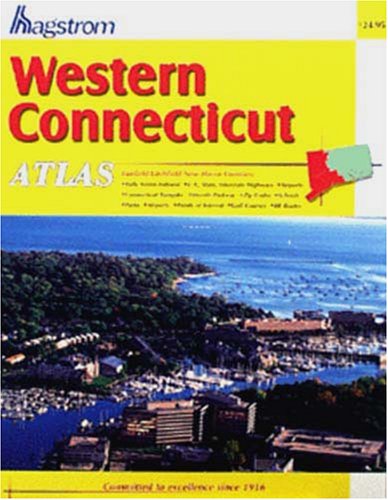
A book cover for Western Connecticut Atlas: Fairfield/New Haven/Litchfield Counties; Hagstrom Map Company; Travel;